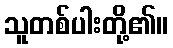
သူတစ်ပါးတို့၏။